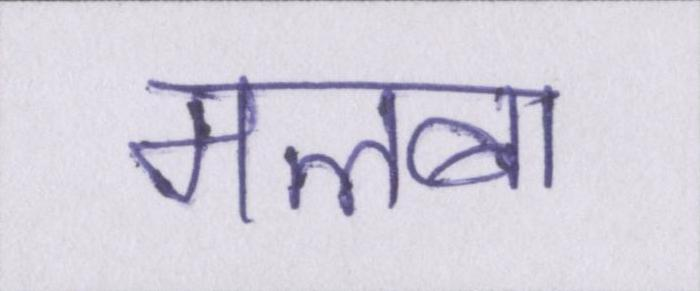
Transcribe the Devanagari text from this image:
मलबा